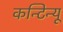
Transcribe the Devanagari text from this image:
कन्टिन्यू